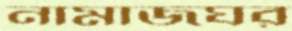
নামাজঘর